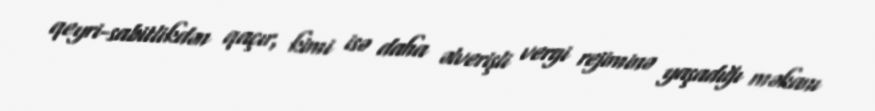
qeyri-sabitlikdən qaçır, kimi isə daha əlverişli vergi rejiminə yaşadığı məkanı